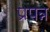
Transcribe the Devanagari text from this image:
प्रपन्न